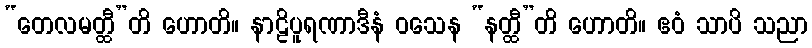
“တေလမတ္ထီ”တိ ဟောတိ။ နာဠိပူရဏာဒီနံ ဝသေန “နတ္ထီ”တိ ဟောတိ။ ဧဝံ သာပိ သညာ